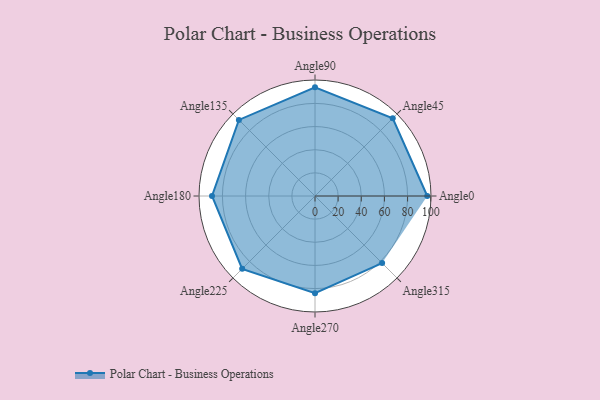
{"axis": {"x": "Angle", "y": "Radius"}, "legend": [""], "data": [{"x": "Angle0", "y": 97.0, "type": ""}, {"x": "Angle45", "y": 95.0, "type": ""}, {"x": "Angle90", "y": 94.0, "type": ""}, {"x": "Angle135", "y": 93.0, "type": ""}, {"x": "Angle180", "y": 89.0, "type": ""}, {"x": "Angle225", "y": 89.0, "type": ""}, {"x": "Angle270", "y": 84.0, "type": ""}, {"x": "Angle315", "y": 82.0, "type": ""}]}